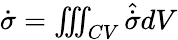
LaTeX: \begin{array}{r}{{\dot{\sigma}}=\iiint_{CV}{\hat{\dot{\sigma}}}dV}\end{array}